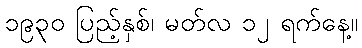
၁၉၃၀ ပြည့်နှစ်၊ မတ်လ ၁၂ ရက်နေ့။